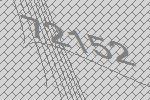
72152